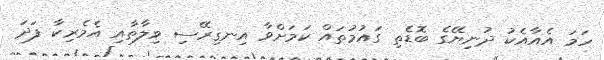
ހަމަ އެއާއެކު ދުނިޔޭގެ ބޮޑެތި ގައުމުތައް ކަމަށްވާ އިނގިރޭސި ވިލާތާއި އެމެރިކާ ފަދަ